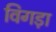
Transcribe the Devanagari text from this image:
विगड़ा